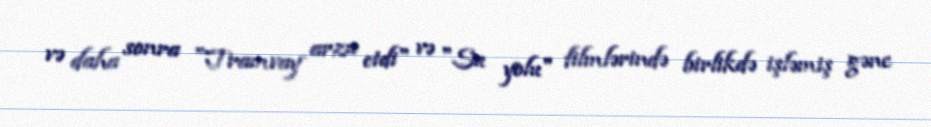
və daha sonra "Tramvay arzu etdi" və "Su yolu" filmlərində birlikdə işləmiş gənc